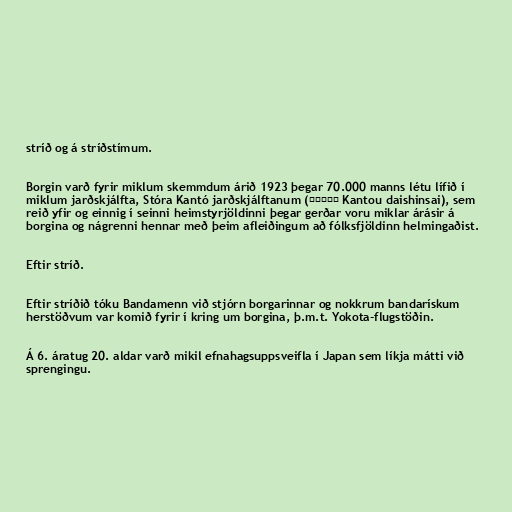
stríð og á stríðstímum.

Borgin varð fyrir miklum skemmdum árið 1923 þegar 70.000 manns létu lífið í
miklum jarðskjálfta, Stóra Kantó jarðskjálftanum (関東大震災 Kantou daishinsai), sem
reið yfir og einnig í seinni heimstyrjöldinni þegar gerðar voru miklar árásir á
borgina og nágrenni hennar með þeim afleiðingum að fólksfjöldinn helmingaðist.

Eftir stríð.

Eftir stríðið tóku Bandamenn við stjórn borgarinnar og nokkrum bandarískum
herstöðvum var komið fyrir í kring um borgina, þ.m.t. Yokota-flugstöðin.

Á 6. áratug 20. aldar varð mikil efnahagsuppsveifla í Japan sem líkja mátti við
sprengingu.